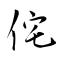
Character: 侘